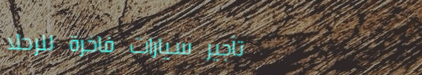
تأجير سيارات فاخرة للرحلا